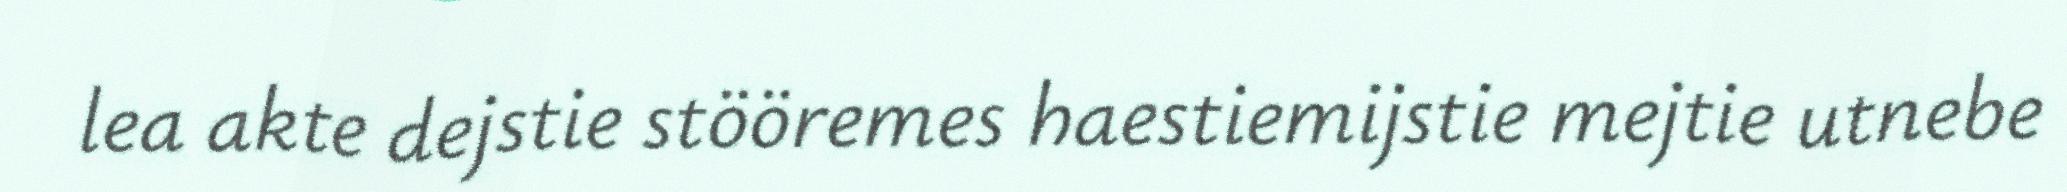
lea akte dejstie stööremes haestiemijstie mejtie utnebe